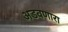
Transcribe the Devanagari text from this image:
अडवणारा